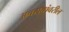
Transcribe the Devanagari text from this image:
अवयवांवरील